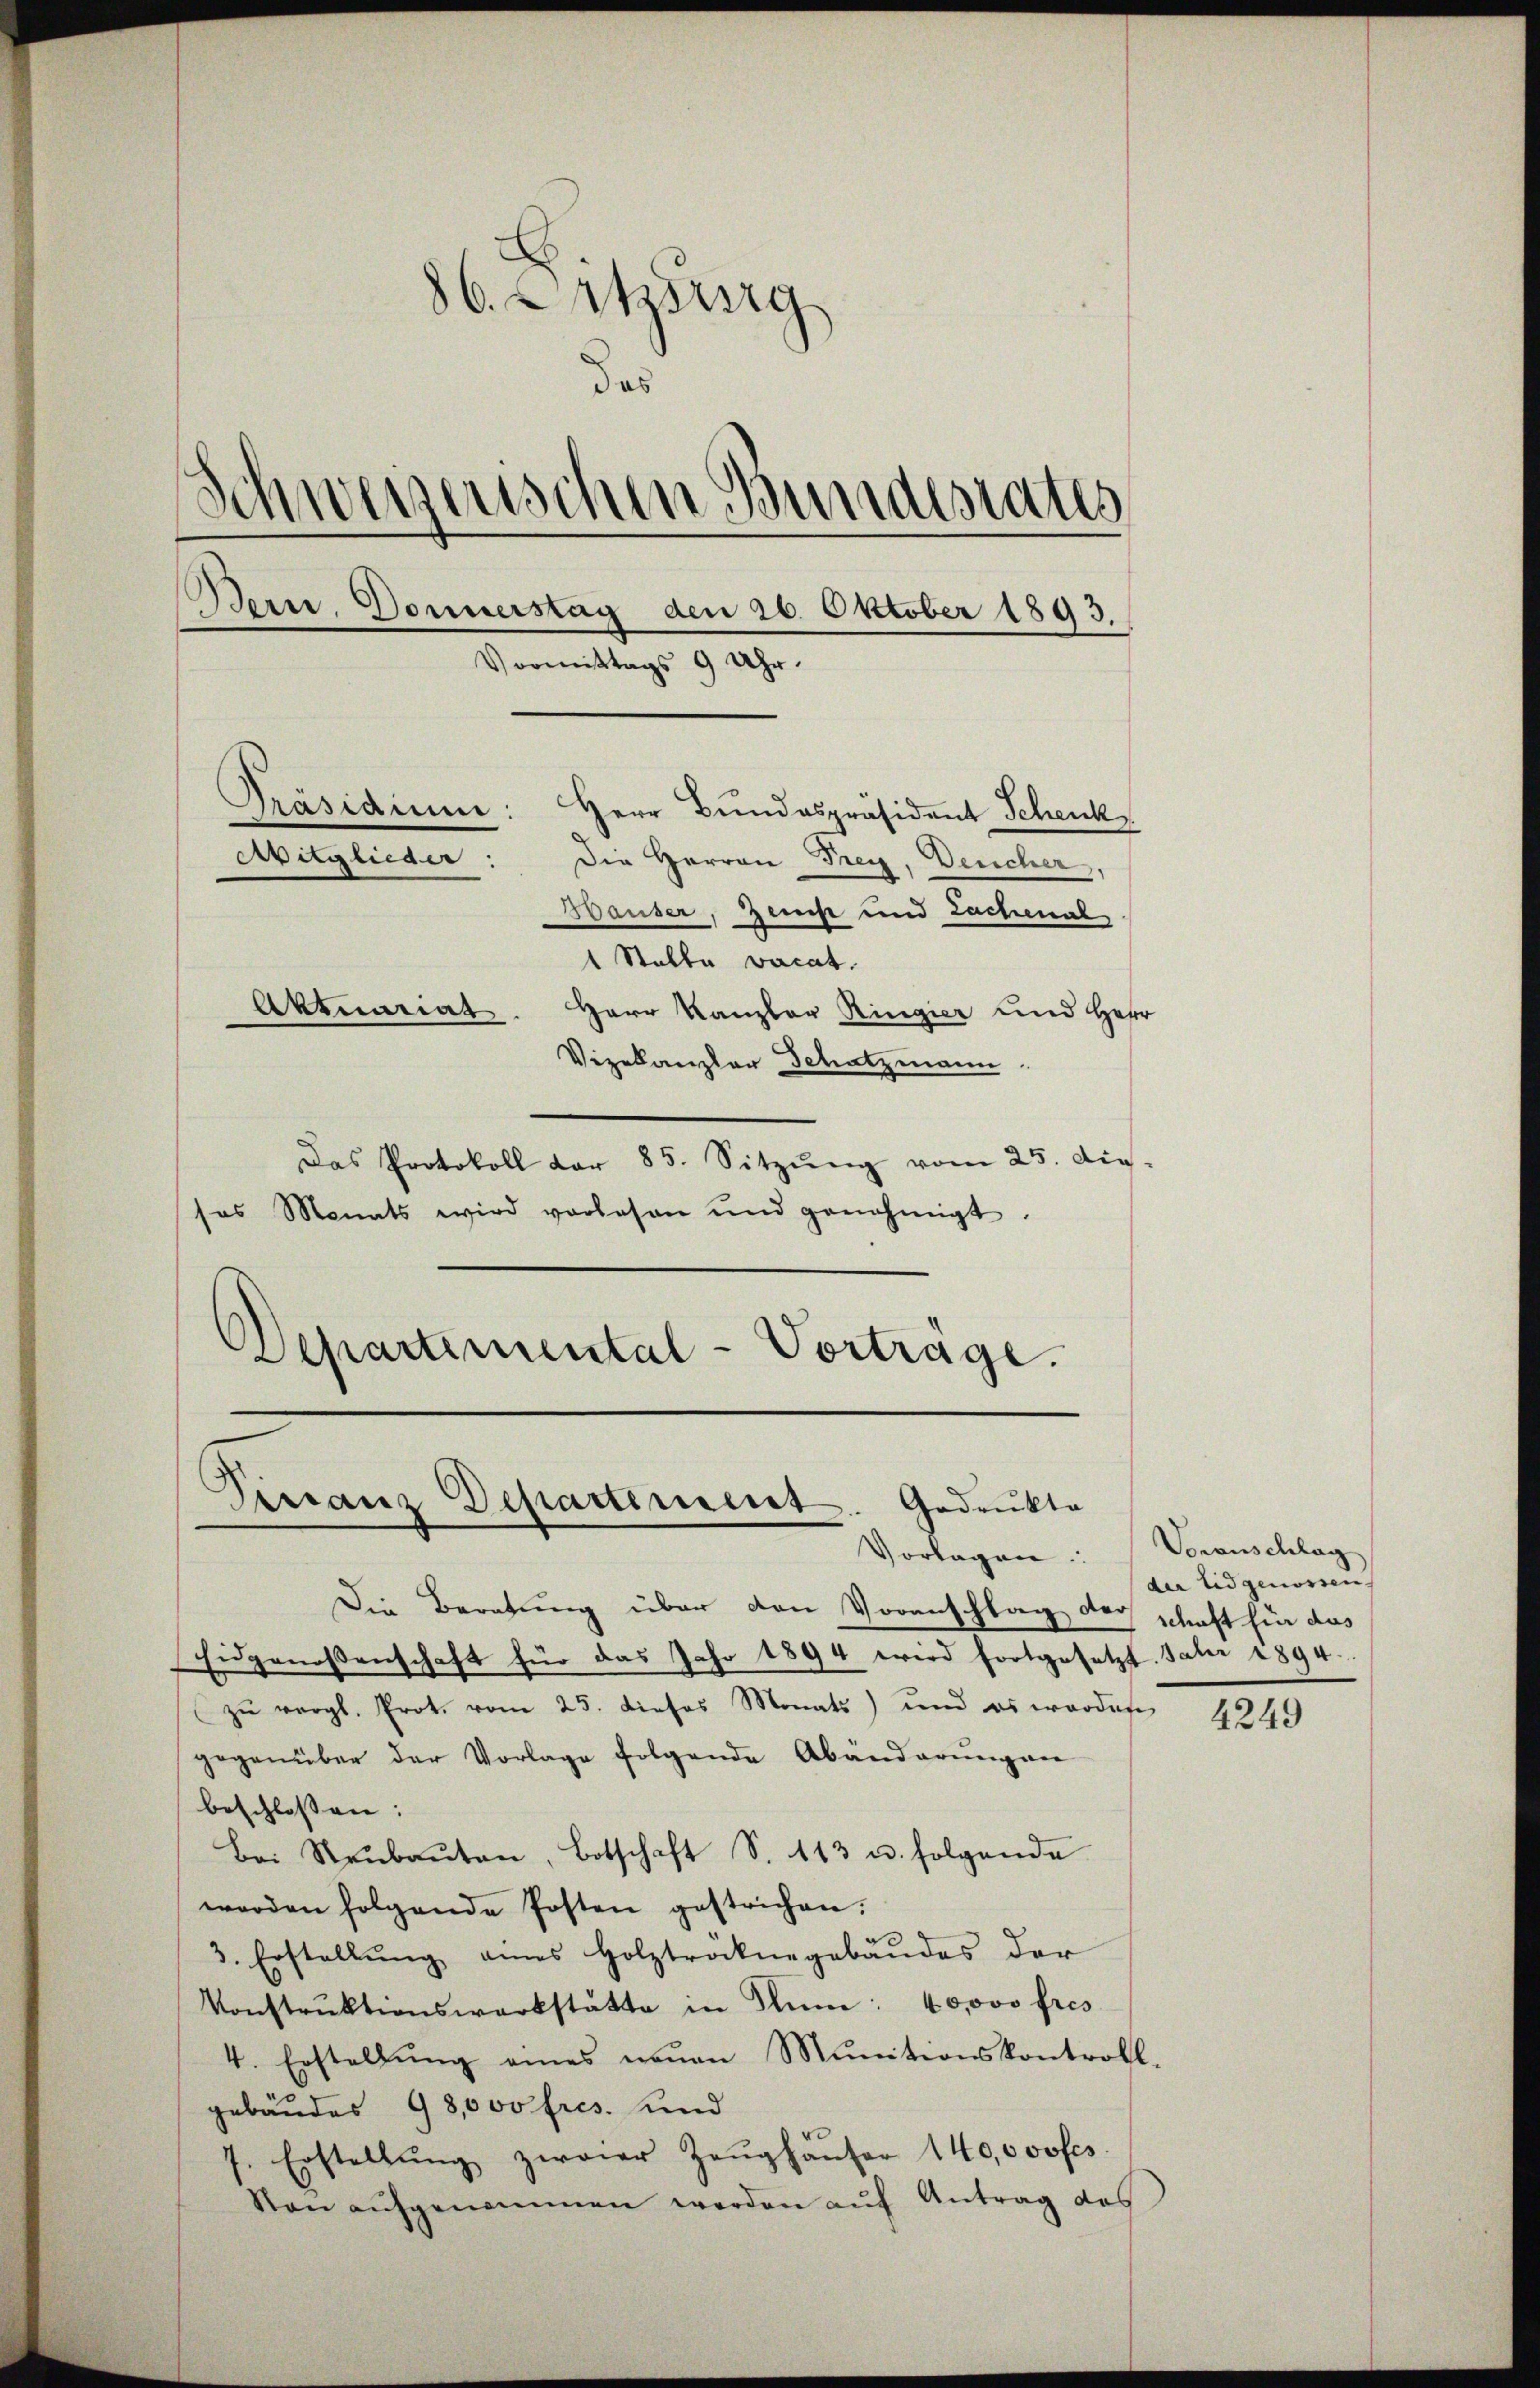
86. Entzug
Das
Schweizerischen Bundesrates
Bern, Donnerstag den 26. Oktober 1893
Vormittags 9 Uhr.
Präsidium: Herr Bundespräsident Schenk
Aitglieder:
Die Herren Frey, Deucher,
Hauser, Zeicht und Lachenal
1 Stalle vacat.
Aktuariat. Herr Kanzler Ringier und Herr
Vizekanzler Schatzmann

Das Protokoll dar 85. Sitzŭng vom 25. die-
sos Monats wird vorlesen und genehmigt.
Departemental-Vorträge.

Sirranz Departement. Gedrukte
Vorlagen:

Die Beratung über den Voranschlag der schaft für das
Eidgenossenschaft für das Jahr 1894 wird fortgesetzt. Jahr 1894.
zŭ vergl. Prot. vom 25. dieses Monats) und es worden
gegenüber der Vorlage folgende Abänderŭngen
beschlossen:
Bei Reŭbaŭten, Botschaft S. 113 u. folgende
werden folgende Posten gestrichen.
3. Erstellŭng eines Holztröcknegebäŭdes der
Konstrŭktionswerkstätte in Num: 40000 fres
4. Erstellŭng eines neŭen Munitionskontroll.
gebäudes 98,000 fres. und
7. Erstellŭng zweier Zeŭghäŭser 140,000 frs.
Von aŭfgenommen werden auf Antrag des

Voranschlag
der Eidgenossen,

4249